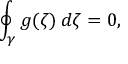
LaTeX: \oint _ { \gamma } g ( \zeta ) \, d \zeta = 0 ,